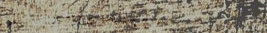
بيع وشراء أجهزة الكمبيوتر